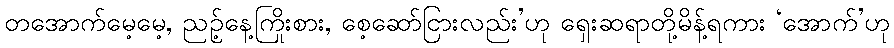
တအောက်မေ့မေ့, ညဉ့်နေ့ကြိုးစား, စေ့ဆော်ငြားလည်း’ဟု ရှေးဆရာတို့မိန့်ရကား ‘အောက်’ဟု